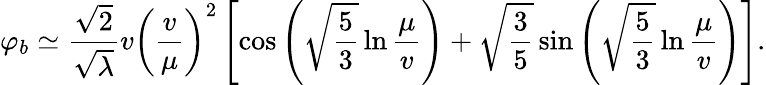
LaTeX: \varphi_{b}\simeq\frac{\sqrt{2}}{\sqrt{\lambda}}v\left(\frac{v}{\mu}\right)^{2}\left[\cos\left(\sqrt{\frac{5}{3}}\ln\frac{\mu}{v}\right)+\sqrt{\frac{3}{5}}\sin\left(\sqrt{\frac{5}{3}}\ln\frac{\mu}{v}\right)\right].